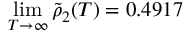
\operatorname* { l i m } _ { T \to \infty } \tilde { \rho } _ { 2 } ( T ) = 0 . 4 9 1 7